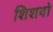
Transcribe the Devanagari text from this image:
शिशयो